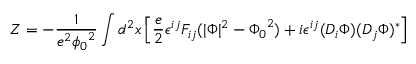
Z = - \frac { 1 } { e ^ { 2 } { \phi _ { 0 } } ^ { 2 } } \int d ^ { 2 } x \left[ \frac { e } { 2 } \epsilon ^ { i j } F _ { i j } ( \vert \Phi \vert ^ { 2 } - { \Phi _ { 0 } } ^ { 2 } ) + i \epsilon ^ { i j } ( D _ { i } \Phi ) ( D _ { j } \Phi ) ^ { * } \right]